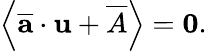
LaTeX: \left\langle\overline{{\textbf{a}}}\cdot\textbf{u}+\overline{{A}}\right\rangle=\textbf{0}.